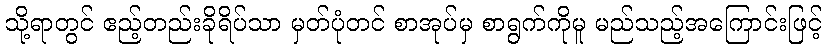
သို့ရာတွင် ဧည့်တည်းခိုရိပ်သာ မှတ်ပုံတင် စာအုပ်မှ စာရွက်ကိုမူ မည်သည့်အကြောင်းဖြင့်